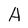
Character: A